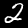
Digit: 2